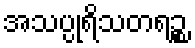
အသပ္ပုရိသတရဉ္စ